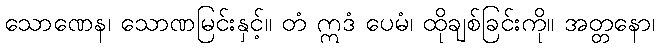
သောဏေန၊ သောဏမြင်းနှင့်။ တံ ဣဒံ ပေမံ၊ ထိုချစ်ခြင်းကို။ အတ္တနော၊